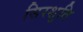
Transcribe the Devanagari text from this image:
सिरशुति